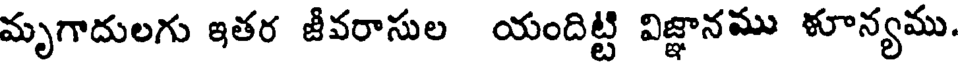
మృగాదులగు ఇతర జీవరాసుల యందిట్టి విజ్ఞానము ళూన్యము.